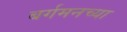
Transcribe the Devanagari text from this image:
बर्गमनच्या